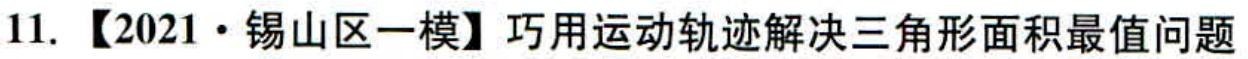
11. 【2021·锡山区一模】巧用运动轨迹解决三角形面积最值问题